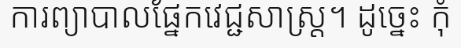
ការព្យាបាលផ្នែកវេជ្ជសាស្ត្រ។ ដូច្នេះ កុំ